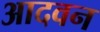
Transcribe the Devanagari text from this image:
आदवन